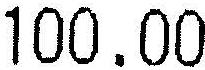
100.00